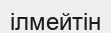
ілмейтін